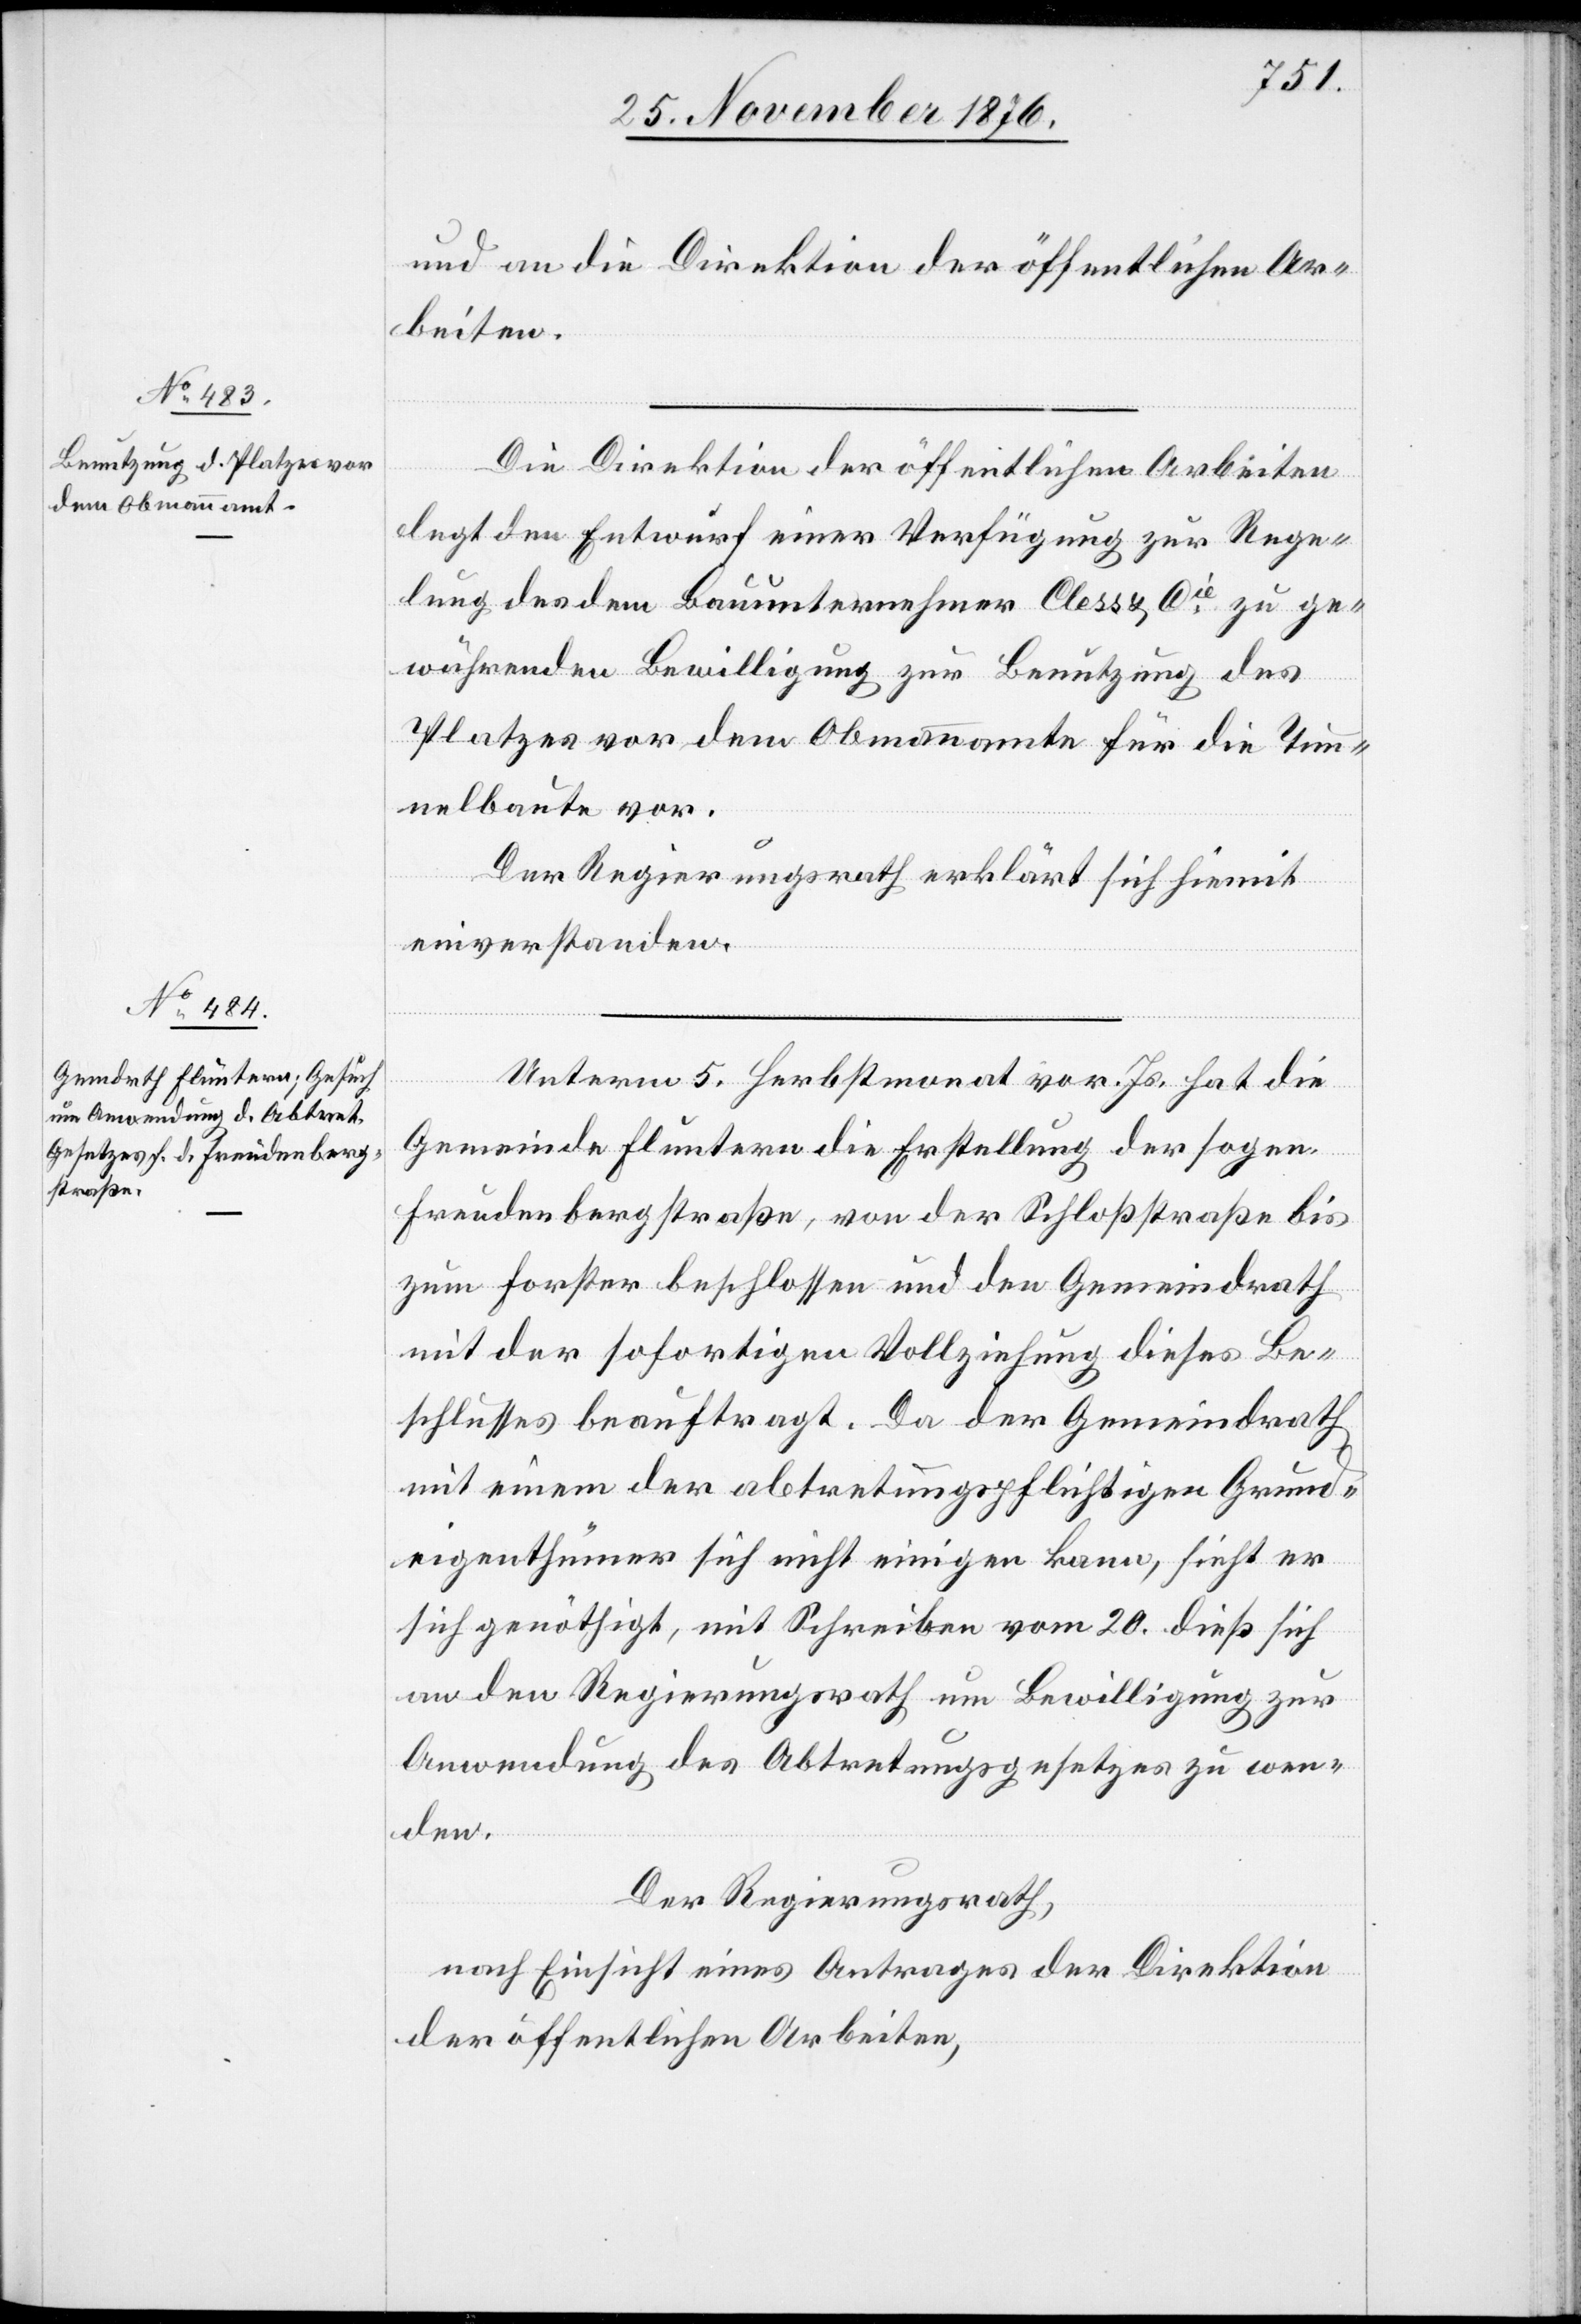
und an die Direktion der öffentlichen Ar¬
beiten.
Die Direktion der öffentlichen Arbeiten
legt den Entwurf einer Verfügung zur Rege¬
lung des dem Bauunternehmer Cless & Cie zu ge¬
währenden Bewilligung zur Benutzung des
Platzes vor dem Obmannamte für die Tun¬
nelbaute vor.
Der Regierungsrath erklärt sich hiemit
einverstanden.
Unterm 5. Herbstmonat vor. Js. hat die
Gemeinde Fluntern die Erstellung der sogen.
Freudenbergstraße, von der Schloßstraße bis
zum Forster beschlossen und den Gemeindrath
mit der sofortigen Vollziehung dieses Be¬
schlusses beauftragt. Da der Gemeindrath
mit einem der abtretungspflichtigen Grund¬
eigenthümer sich nicht einigen kann, sieht er
sich genöthigt, mit Schreiben vom 20. dieß sich
an den Regierungsrath um Bewilligung zur
Anwendung des Abtretungsgesetzes zu wen¬
den.
Der Regierungsrath,
nach Einsicht eines Antrages der Direktion
der öffentlichen Arbeiten,